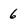
Character: 6